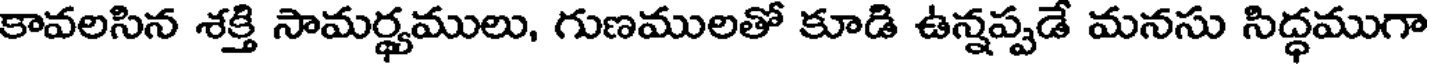
కావలసిన శక్తి సామర్థ్యములు, గుణములతో కూడి ఉన్నప్పడే మనసు సిద్ధముగా